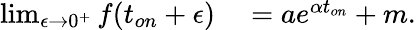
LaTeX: \begin{array}{rl}{\operatorname*{lim}_{\epsilon\to 0^{+}}f(t_{on}+\epsilon)}&{{}=ae^{\alpha t_{on}}+m.}\end{array}